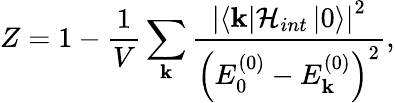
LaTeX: Z=1-\frac{1}{V}\sum_{\mathbf{k}}\frac{\left|\left\langle\mathbf{k}\right|\mathcal{H}_{int}\left|0\right\rangle\right|^{2}}{\left(E_{0}^{(0)}-E_{\mathbf{k}}^{(0)}\right)^{2}},